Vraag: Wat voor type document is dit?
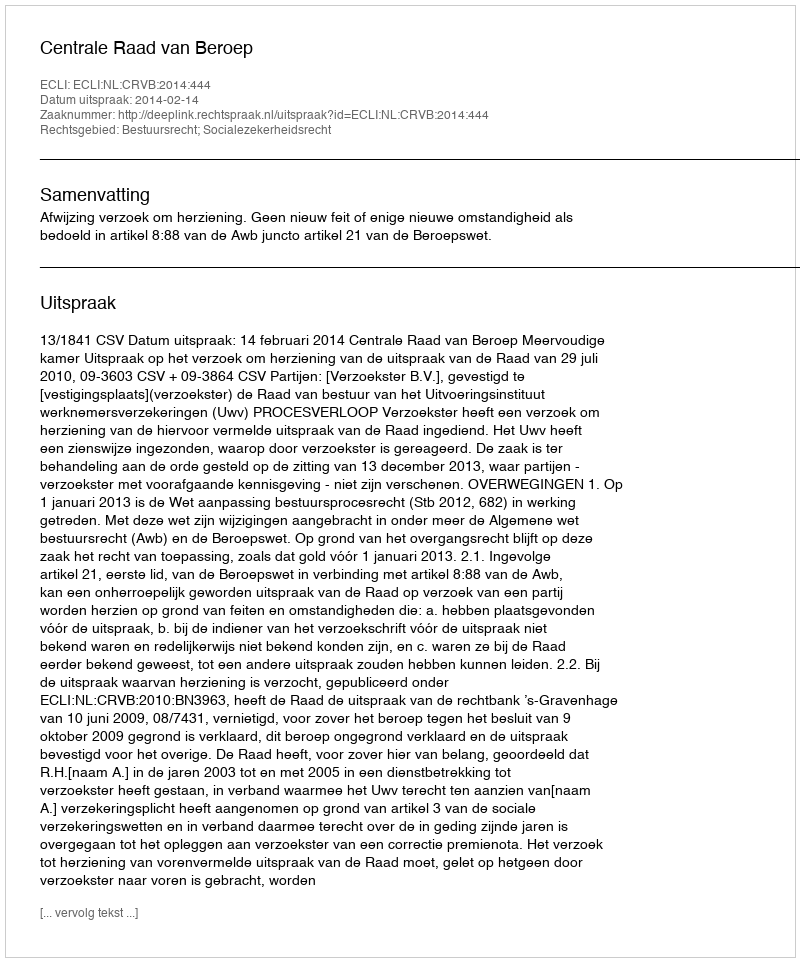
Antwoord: Uitspraak